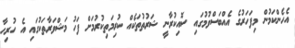
އެހެންކަމުން މިފަހަރުގެ އެއްބަސްވުމުގައި ސޮއިކުރާނީ ޝަރުތުތަކެއް ކުރިމަތިކުރުމަށް ފަހު މަޝްވަރާތަކުގައި އެ ހުރިހާ